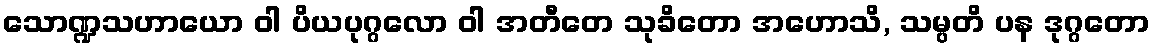
သောဏ္ဍသဟာယော ဝါ ပိယပုဂ္ဂလော ဝါ အတီတေ သုခိတော အဟောသိ, သမ္ပတိ ပန ဒုဂ္ဂတော